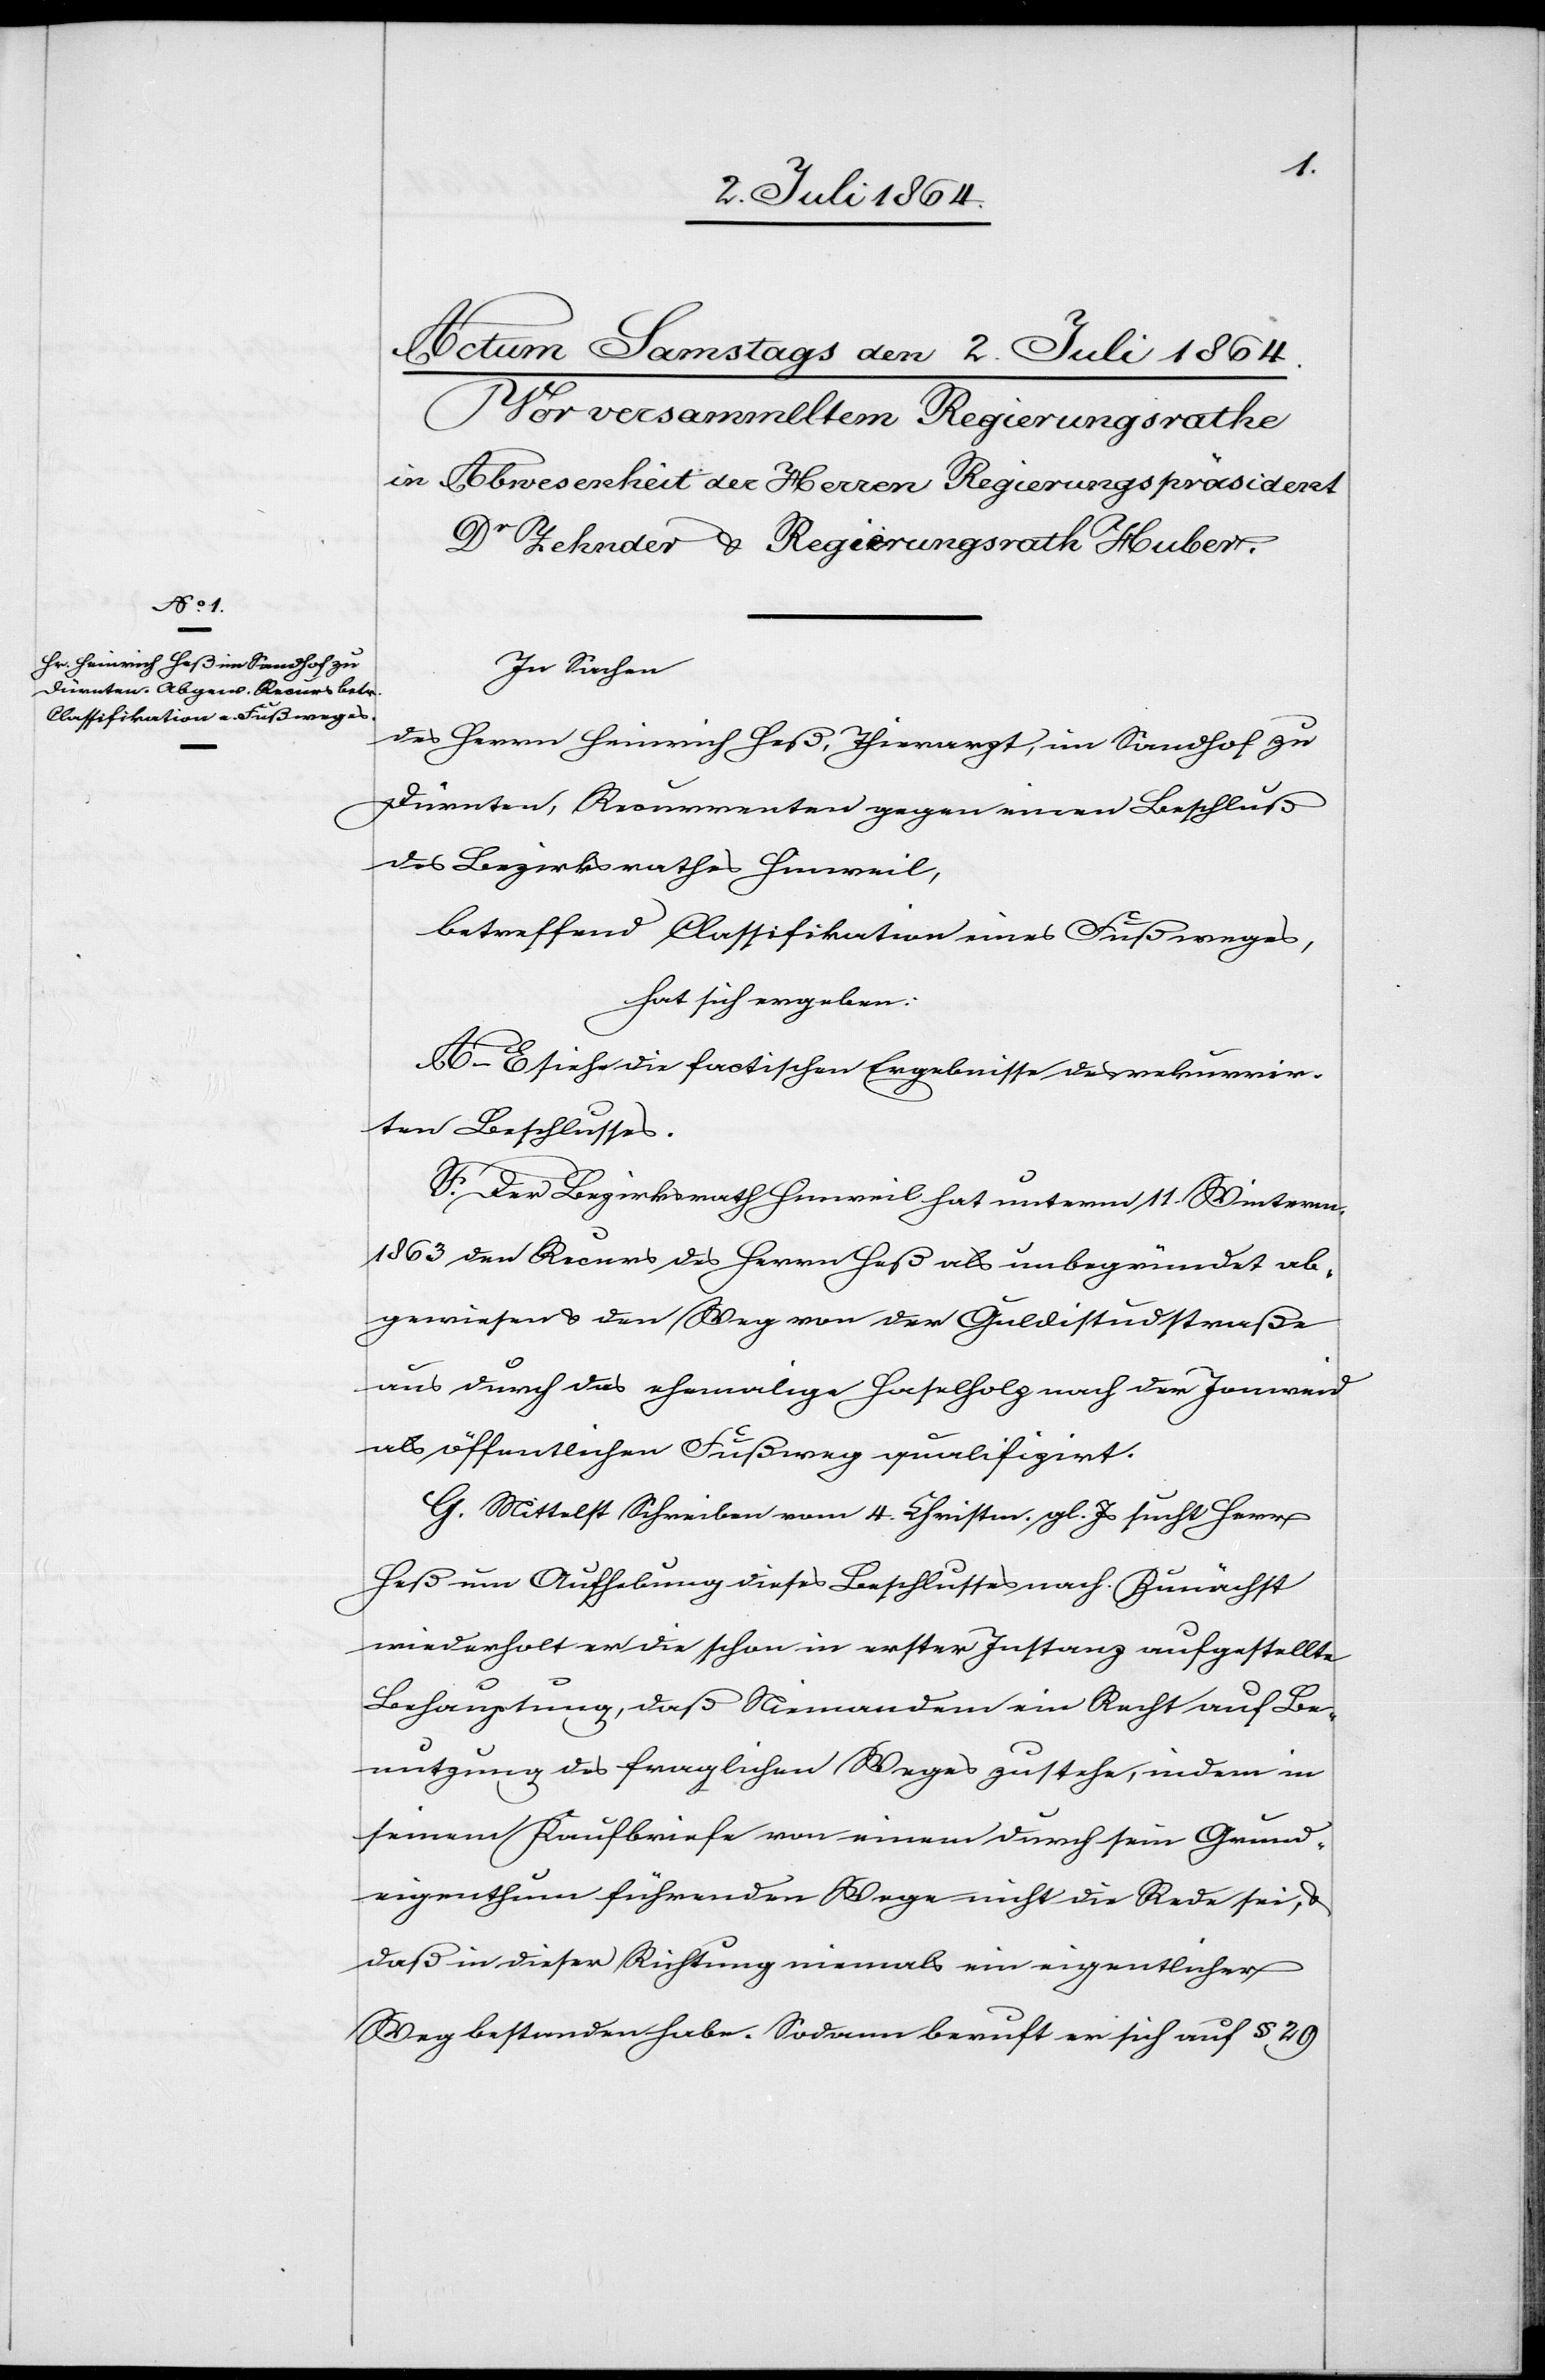
In Sachen
des Herrn Heinrich Heß, Thierarzt, im Sandhof zu
Dürnten, Recurrenten gegen einen Beschluß
des Bezirksrathes Hinweil,
betreffend Classifikation eines Fußweges,
hat sich ergeben:
A–E siehe die factischen Ergebnisse des rekurrir¬
ten Beschlusses.
F. Der Bezirksrath Hinweil hat unterm 11. Wintermonat
1863 den Recurs des Herrn Heß als unbegründet ab¬
gewiesen u. den Weg von der Guldistudstraße
aus durch das ehemalige Haselholz nach der Jonweid
als öffentlichen Fußweg qualifizirt.
G. Mittelst Schreiben vom 4. Christm. gl. Js. sucht Herr
Heß um Aufhebung dieses Beschlusses nach. Zunächst
wiederholt er die schon in erster Instanz aufgestellte
Behauptung, daß Niemandem ein Recht auf Be¬
nutzung des fraglichen Weges zustehe, indem in
seinem Kaufbriefe von einem durch sein Grund¬
eigenthum führenden Wege nicht die Rede sei, u.
daß in dieser Richtung niemals ein eigentlicher
Weg bestanden habe. Sodann beruft er sich auf § 29